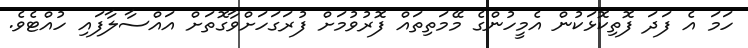
ހަމަ އެ ފަދަ ފޮތިކޮޅަކުން އެމީހުންގެ މޭމަތިތައް ފޮރުވުމަށް ފުރަގަހަށްވާގޮތަށް އައްސާލާފައި ހުއްޓެވެ.